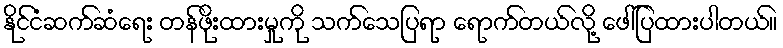
နိုင်ငံဆက်ဆံရေး တန်ဖိုးထားမှုကို သက်သေပြရာ ရောက်တယ်လို့ ဖေါ်ပြထားပါတယ်။